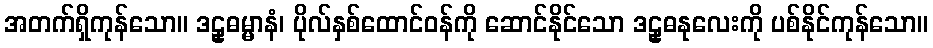
အတက်ရှိကုန်သော။ ဒဠှဓမ္မာနံ၊ ပိုလ်နှစ်ထောင်ဝန်ကို ဆောင်နိုင်သော ဒဠှဓနုလေးကို ပစ်နိုင်ကုန်သော။